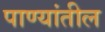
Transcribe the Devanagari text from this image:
पाण्यांतील